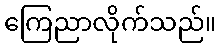
ကြေညာလိုက်သည်။